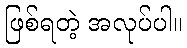
ဖြစ်ရတဲ့ အလုပ်ပါ။